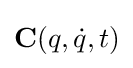
\mathbf {C} (q,{\dot {q}},t)